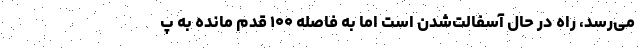
می‌رسد، راه در حال آسفالت‌شدن است اما به فاصله ۱۰۰ قدم مانده به پ